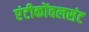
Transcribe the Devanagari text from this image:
एंटीकोंवलसंट